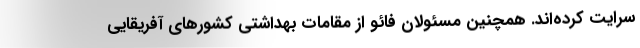
سرایت کرده‌اند. همچنین مسئولان فائو از مقامات بهداشتی کشورهای آفریقایی